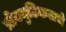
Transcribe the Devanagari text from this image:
प्रोक्युटिकलचे